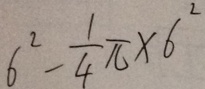
6 ^ { 2 } - \frac { 1 } { 4 } \pi \times 6 ^ { 2 }